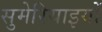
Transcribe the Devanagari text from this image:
सुमेरियाइयों